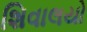
શિવાલયો